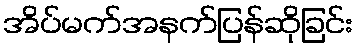
အိပ်မက်အနက်ပြန်ဆိုခြင်း